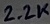
Text: 2.2K